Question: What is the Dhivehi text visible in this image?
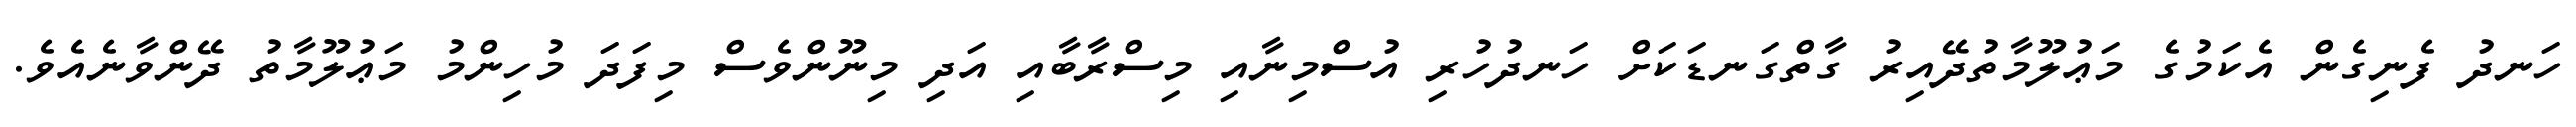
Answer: ހަނދު ފެނިގެން އެކަމުގެ މަޢުލޫމާތުދޭއިރު ގާތްގަނޑަކަށް ހަނދުހުރި އުސްމިނާއި މިސްރާބާއި އަދި މިނޫންވެސް މިފަދަ މުހިންމު މަޢުލޫމާތު ދޭންވާނެއެވެ.